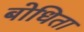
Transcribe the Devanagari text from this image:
बोधिता